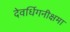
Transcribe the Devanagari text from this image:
देवर्धिगनीक्षमा